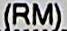
(RM)